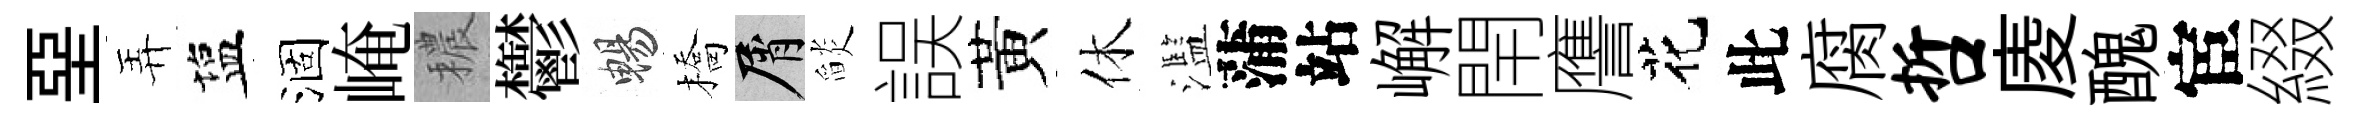
堊弄塩涸崦穠鬱暢橋屑𦦨誤黃休濫蒲站嶰閈譍花此腐哲庱醜宦綴